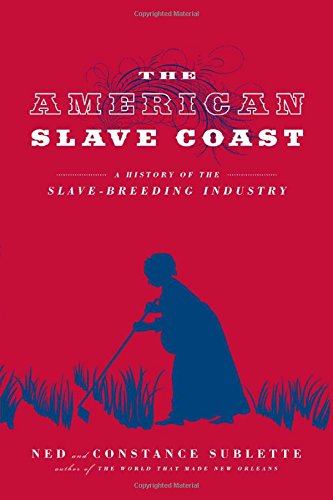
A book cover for The American Slave Coast: A History of the Slave-Breeding Industry; Ned Sublette; Business & Money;